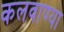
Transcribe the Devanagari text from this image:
कलवाण्या